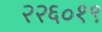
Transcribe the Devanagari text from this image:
२२६०१९